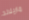
ماريلاند